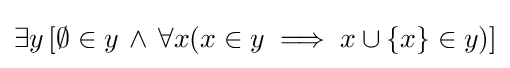
\exists y\,[\emptyset \in y\,\land \,\forall x(x\in y\implies x\cup \{x\}\in y)]